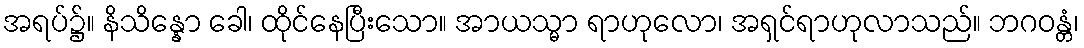
အရပ်၌။ နိသိန္နော ခေါ၊ ထိုင်နေပြီးသော။ အာယသ္မာ ရာဟုလော၊ အရှင်ရာဟုလာသည်။ ဘဂဝန္တံ၊